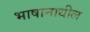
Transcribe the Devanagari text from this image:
भाषानाधील